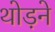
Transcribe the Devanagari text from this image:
थोड़ने